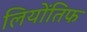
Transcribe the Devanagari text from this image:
लियोंतिफ